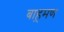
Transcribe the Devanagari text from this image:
बाह़मण